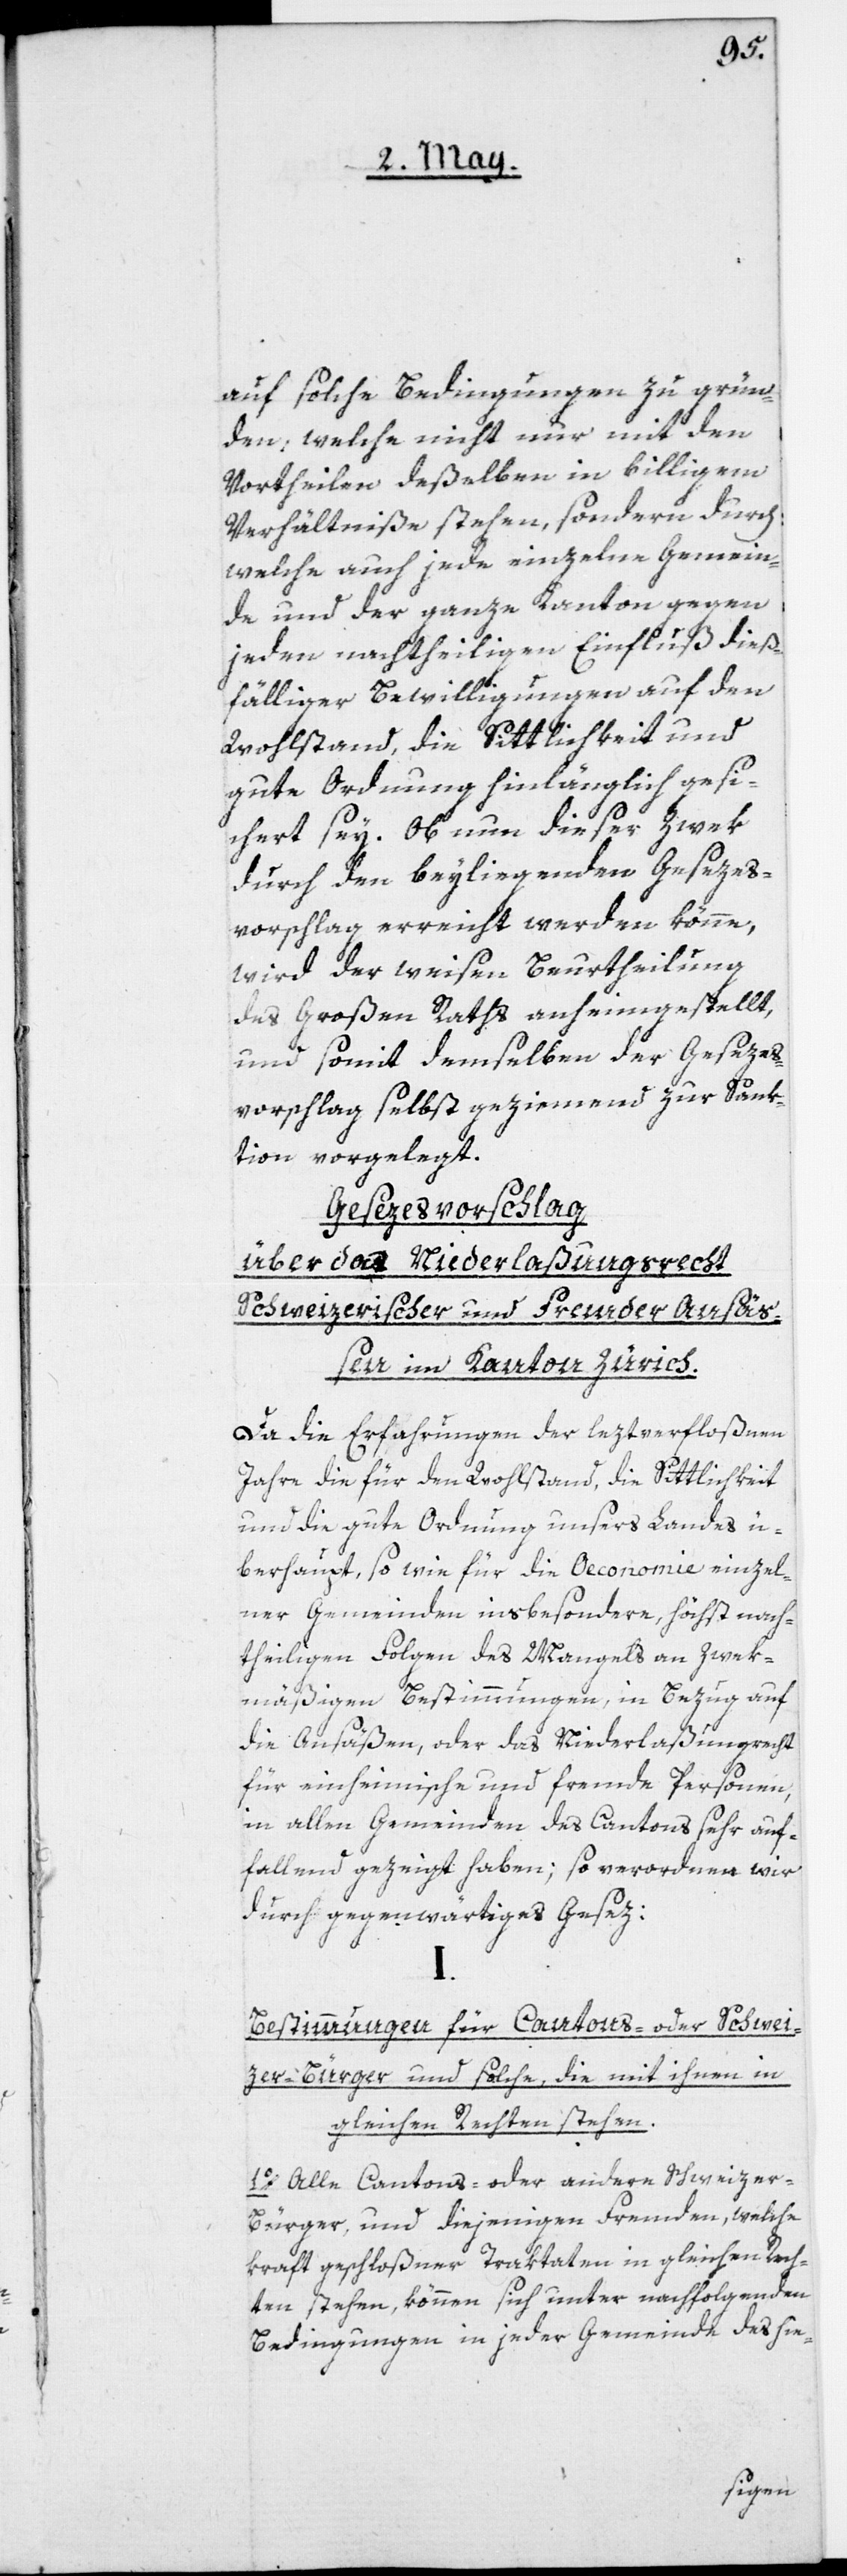
auf solche Bedingungen zu grün¬
den, welche nicht nur mit den
Vortheilen deßelben in billigem
Verhältniße stehen, sondern durch
welche auch jede einzelne Gemein¬
de und der ganze Kanton gegen
jeden nachtheiligen Einfluß dieß¬
fälliger Bewilligungen auf den
Wohlstand, die Sittlichkeit und
gute Ordnung hinlänglich gesi¬
chert sey. Ob nun dieser Zwek
durch den beyliegenden Gesezes¬
vorschlag erreicht werden könne,
wird der weisen Beurtheilung
des Großen Raths anheimgestellt,
und somit demselben der Gesezes¬
vorschlag selbst geziemend zur Sank¬
tion vorgelegt.
Gesezesvorschlag
über das Niederlaßungsrecht
Schweizerischer und fremder Ansäßen
im Kanton Zürich.
Da die Erfahrungen der leztverfloßenen
Jahre die für den Wohlstand, die Sittlichkeit
und die gute Ordnung unsers Landes ü¬
berhaupt, so wie für die Oeconomie einzel¬
ner Gemeinden insbesondere, höchst nach¬
theiligen Folgen des Mangels an zwek¬
mäßigen Bestimmungen, in Bezug auf
die Ansäßen, oder das Niederlaßungsrecht
für einheimische und fremde Personen,
in allen Gemeinden des Cantons sehr auf¬
fallend gezeigt haben; so verordnen wir
durch gegenwärtiges Gesez:
Bestimmungen für Cantons- oder Schwei¬
zer-Bürger und solche, die mit ihnen in
gleichen Rechten stehen.
1o. Alle Cantons- oder andere Schweizer-B¬
ürger, und diejenigen Fremden, welche
kraft geschloßener Traktaten in gleichen Rech¬
ten stehen, können sich unter nachfolgenden
Bedingungen in jeder Gemeinde des hie-